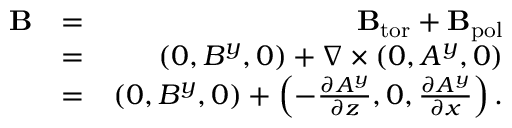
\begin{array} { r l r } { { \bf { B } } } & { = } & { { \bf { B } } _ { \mathrm { { t o r } } } + { \bf { B } } _ { \mathrm { p o l } } } \\ & { = } & { ( 0 , B ^ { y } , 0 ) + \nabla \times \left( { 0 , A ^ { y } , 0 } \right) } \\ & { = } & { ( 0 , B ^ { y } , 0 ) + \left( { - \frac { \partial A ^ { y } } { \partial z } , 0 , \frac { \partial A ^ { y } } { \partial x } } \right) . } \end{array}